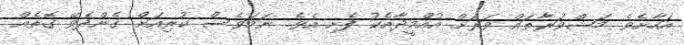
އަހާށެވެ. މަޝްވަރާތައް ވަރަށް އުއްމީދާއެކު ފެށި އެވެ. ނަމަވެސް ކުރިއަށް ގެންދެވޭ ގޮތެއް